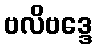
ဗလိဗဒ္ဒေ